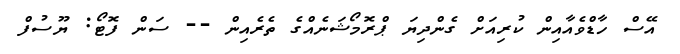
އޭސް ހާޑްވެއާއިން ކުރިއަށް ގެންދިޔަ ޕްރޮމޯޝަނެއްގެ ތެރެއިން -- ސަން ފޮޓޯ: ޔޫސުފް